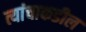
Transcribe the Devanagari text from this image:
त्यांचाकडील